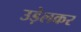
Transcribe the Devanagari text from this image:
उड़ेलकर